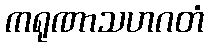
ကရုဏာသဟဂတံ